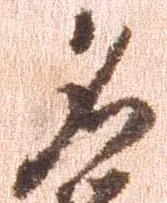
名